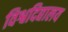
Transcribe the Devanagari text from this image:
विश्वदिद्यालय